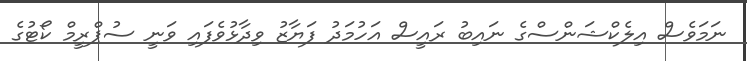
ނަމަވެސް އިލެކްޝަންސްގެ ނައިބު ރައީސް އަހުމަދު ފަޔާޒު ވިދާޅުވެފައި ވަނީ ސުޕްރީމް ކޯޓުގެ